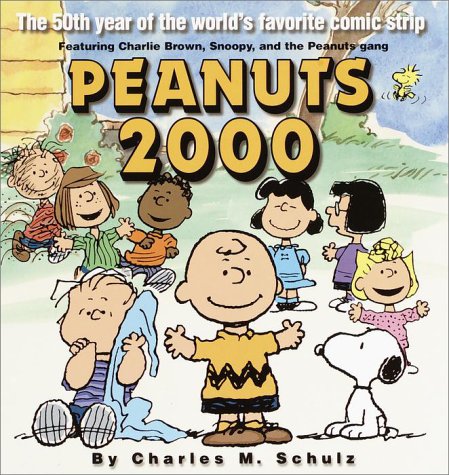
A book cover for Peanuts 2000: The 50th Year Of The World's Favorite Comic Strip; Charles M. Schulz; Humor & Entertainment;